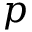
p